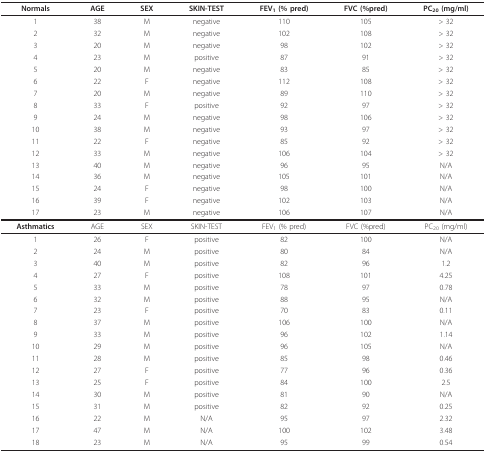
<table><thead><tr><td><b>Normals</b></td><td><b>AGE</b></td><td><b>SEX</b></td><td><b>SKIN-TEST</b></td><td><b>FEV<sub>1 </sub>(% pred)</b></td><td><b>FVC (%pred)</b></td><td><b>PC<sub>20 </sub>(mg/ml)</b></td></tr></thead><tbody><tr><td>1</td><td>38</td><td>M</td><td>negative</td><td>110</td><td>105</td><td>&gt; 32</td></tr><tr><td>2</td><td>32</td><td>M</td><td>negative</td><td>102</td><td>108</td><td>&gt; 32</td></tr><tr><td>3</td><td>20</td><td>M</td><td>negative</td><td>98</td><td>102</td><td>&gt; 32</td></tr><tr><td>4</td><td>23</td><td>M</td><td>positive</td><td>87</td><td>91</td><td>&gt; 32</td></tr><tr><td>5</td><td>20</td><td>M</td><td>negative</td><td>83</td><td>85</td><td>&gt; 32</td></tr><tr><td>6</td><td>22</td><td>F</td><td>negative</td><td>112</td><td>108</td><td>&gt; 32</td></tr><tr><td>7</td><td>20</td><td>M</td><td>negative</td><td>89</td><td>110</td><td>&gt; 32</td></tr><tr><td>8</td><td>33</td><td>F</td><td>positive</td><td>92</td><td>97</td><td>&gt; 32</td></tr><tr><td>9</td><td>24</td><td>M</td><td>negative</td><td>98</td><td>106</td><td>&gt; 32</td></tr><tr><td>10</td><td>38</td><td>M</td><td>negative</td><td>93</td><td>97</td><td>&gt; 32</td></tr><tr><td>11</td><td>22</td><td>F</td><td>negative</td><td>85</td><td>92</td><td>&gt; 32</td></tr><tr><td>12</td><td>33</td><td>M</td><td>negative</td><td>106</td><td>104</td><td>&gt; 32</td></tr><tr><td>13</td><td>40</td><td>M</td><td>negative</td><td>96</td><td>95</td><td>N/A</td></tr><tr><td>14</td><td>36</td><td>M</td><td>negative</td><td>105</td><td>101</td><td>N/A</td></tr><tr><td>15</td><td>24</td><td>F</td><td>negative</td><td>98</td><td>100</td><td>N/A</td></tr><tr><td>16</td><td>39</td><td>F</td><td>negative</td><td>102</td><td>103</td><td>N/A</td></tr><tr><td>17</td><td>23</td><td>M</td><td>negative</td><td>106</td><td>107</td><td>N/A</td></tr><tr><td><b>Asthmatics</b></td><td>AGE</td><td>SEX</td><td>SKIN-TEST</td><td>FEV<sub>1 </sub>(% pred)</td><td>FVC (%pred)</td><td>PC<sub>20 </sub>(mg/ml)</td></tr><tr><td>1</td><td>26</td><td>F</td><td>positive</td><td>82</td><td>100</td><td>N/A</td></tr><tr><td>2</td><td>24</td><td>M</td><td>positive</td><td>80</td><td>84</td><td>N/A</td></tr><tr><td>3</td><td>40</td><td>M</td><td>positive</td><td>82</td><td>96</td><td>1.2</td></tr><tr><td>4</td><td>27</td><td>F</td><td>positive</td><td>108</td><td>101</td><td>4.25</td></tr><tr><td>5</td><td>33</td><td>M</td><td>positive</td><td>78</td><td>97</td><td>0.78</td></tr><tr><td>6</td><td>32</td><td>M</td><td>positive</td><td>88</td><td>95</td><td>N/A</td></tr><tr><td>7</td><td>23</td><td>F</td><td>positive</td><td>70</td><td>83</td><td>0.11</td></tr><tr><td>8</td><td>37</td><td>M</td><td>positive</td><td>106</td><td>100</td><td>N/A</td></tr><tr><td>9</td><td>33</td><td>M</td><td>positive</td><td>96</td><td>102</td><td>1.14</td></tr><tr><td>10</td><td>29</td><td>M</td><td>positive</td><td>96</td><td>105</td><td>N/A</td></tr><tr><td>11</td><td>28</td><td>M</td><td>positive</td><td>85</td><td>98</td><td>0.46</td></tr><tr><td>12</td><td>27</td><td>F</td><td>positive</td><td>77</td><td>96</td><td>0.36</td></tr><tr><td>13</td><td>25</td><td>F</td><td>positive</td><td>84</td><td>100</td><td>2.5</td></tr><tr><td>14</td><td>30</td><td>M</td><td>positive</td><td>81</td><td>90</td><td>N/A</td></tr><tr><td>15</td><td>31</td><td>M</td><td>positive</td><td>82</td><td>92</td><td>0.25</td></tr><tr><td>16</td><td>22</td><td>M</td><td>N/A</td><td>95</td><td>97</td><td>2.32</td></tr><tr><td>17</td><td>47</td><td>M</td><td>N/A</td><td>100</td><td>102</td><td>3.48</td></tr><tr><td>18</td><td>23</td><td>M</td><td>N/A</td><td>95</td><td>99</td><td>0.54</td></tr></tbody></table>